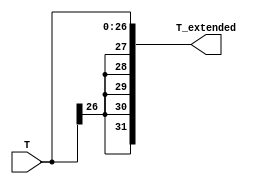
module twentyseven_SX(T, T_extended);
	// sign-extension unit: 27 to 32
	input [26:0] T;
	output [31:0] T_extended;
	
	// perform sign-padding
	wire T_sign;
	assign T_sign = T[26];
	
	wire [4:0] T_sign_five = {5{T_sign}};
	assign T_extended = {T_sign_five, T};
	
endmodule